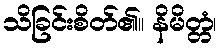
သိခြင်းစိတ်၏။ နိမိတ္တံ၊